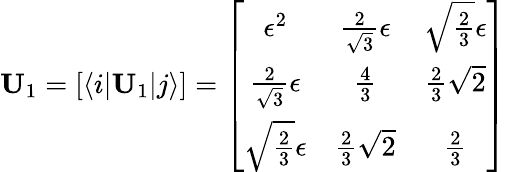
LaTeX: \textbf{U}_{1}=[\langle i|\textbf{U}_{1}|j\rangle]=\left[\begin{array}{ccc}{{\epsilon^{2}}}&{{\frac{2}{\sqrt{3}}\epsilon}}&{{\sqrt{\frac{2}{3}}\epsilon}}\\ {{\frac{2}{\sqrt{3}}\epsilon}}&{{\frac{4}{3}}}&{{\frac{2}{3}\sqrt{2}}}\\ {{\sqrt{\frac{2}{3}}\epsilon}}&{{\frac{2}{3}\sqrt{2}}}&{{\frac{2}{3}}}\end{array}\right]